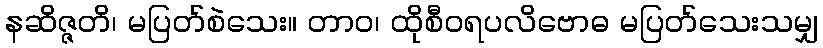
နဆိဇ္ဇတိ၊ မပြတ်စဲသေး။ တာဝ၊ ထိုစီဝရပလိဗောဓ မပြတ်သေးသမျှ